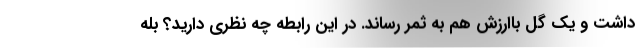
داشت و یک گل باارزش هم به ثمر رساند. در این رابطه چه نظری دارید؟ بله